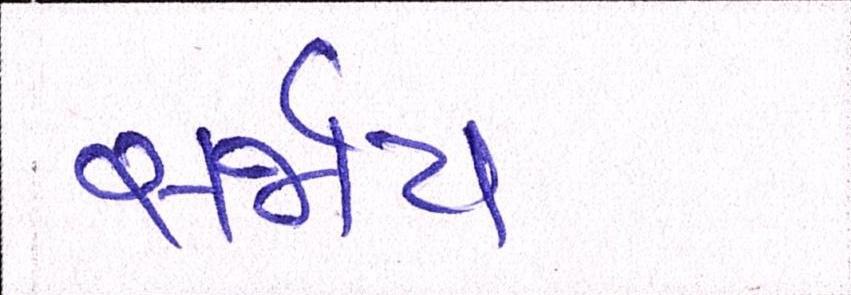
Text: સર્જાય